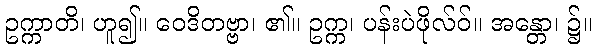
ဥက္ကာတိ၊ ဟူ၍။ ဝေဒိတဗ္ဗာ၊ ၏။ ဥက္က၊ ပန်းပဲဖိုလ်ဝ်။ အန္တော၊ ၌။